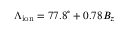
\Lambda _ { \mathrm { i o n } } = 7 7 . 8 ^ { \circ } + 0 . 7 8 B _ { z }